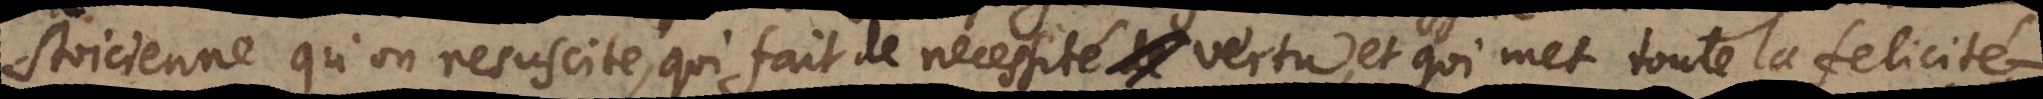
Stoicienne qu’on resuscite, qui fait de necessité vertu, et qui met toute la felicité